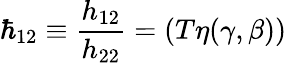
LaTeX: \hbar_{12}\equiv\frac{h_{12}}{h_{22}}=(T\eta(\gamma,\beta))